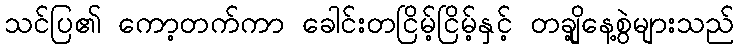
သင်ပြ၏ ကော့တက်ကာ ခေါင်းတငြိမ့်ငြိမ့်နှင့် တချို့နေ့စွဲများသည်